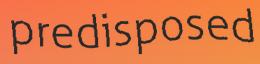
predisposed